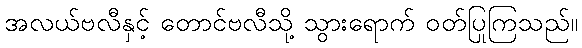
အလယ်ဗလီနှင့် တောင်ဗလီသို့ သွားရောက် ဝတ်ပြုကြသည်။